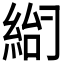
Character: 𰫨